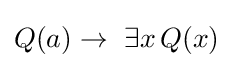
Q(a)\to \ \exists {x}\,Q(x)